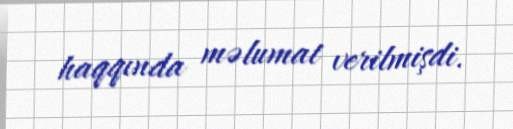
haqqında məlumat verilmişdi.